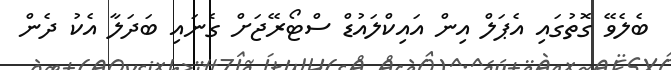
ބެލެވޭ ގޮތުގައި އެޕަލް އިން އައިކްލައުޑް ސްޓޯރޭޖަށް ގެނައި ބަދަލާ އެކު ދެން